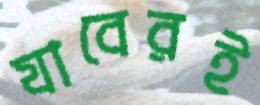
যাবেরই